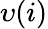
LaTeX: \upsilon(i)